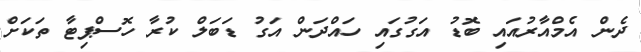
ދެން އެމްއާރުއައި ބޮޑު އަގުގައި ހައްދަން އަގު ޑަބަލް ކުރާ ހޮސްޕިޓާ ތަކަށް